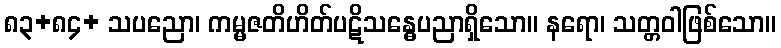
၈၃+၈၄+ သပညော၊ ကမ္မဇတိဟိတ်ပဋိသန္ဓေပညာရှိသော။ နရော၊ သတ္တဝါဖြစ်သော။